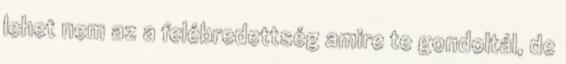
lehet nem az a felébredettség amire te gondoltál, de